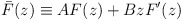
\begin{align*}\bar F(z)\equiv AF(z)+BzF'(z) \end{align*}